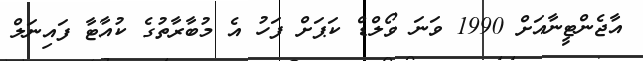
އާޖެންޓީނާއަށް 1990 ވަނަ ވޯލްޑް ކަޕަށް ފަހު އެ މުބާރާތުގެ ކުއާޓާ ފައިނަލް